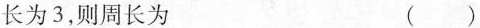
长为3，则周长为 ()